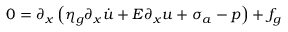
0 = \partial _ { x } \left( \eta _ { g } \partial _ { x } \dot { u } + E \partial _ { x } u + \sigma _ { a } - p \right) + f _ { g }